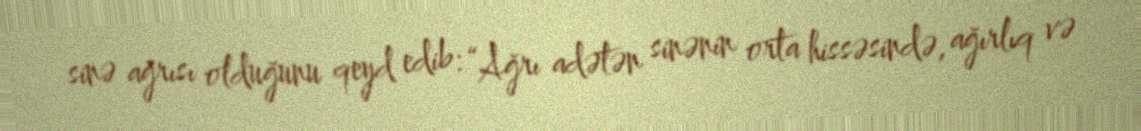
sinə ağrısı olduğunu qeyd edib: “Ağrı adətən sinənin orta hissəsində, ağırlıq və